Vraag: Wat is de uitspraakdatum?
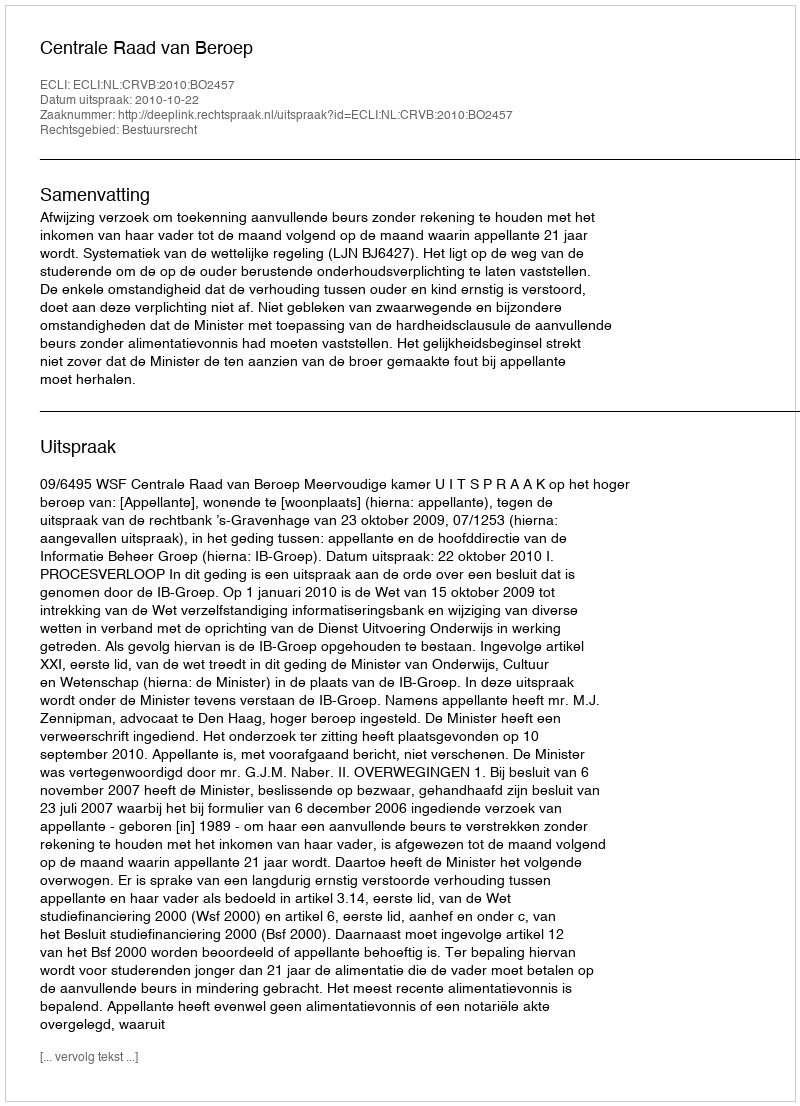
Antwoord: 2010-10-22